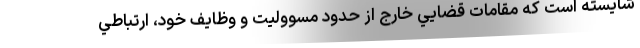
شايسته است كه مقامات قضايي خارج از حدود مسووليت و وظايف خود، ارتباطي